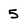
Character: 5